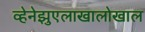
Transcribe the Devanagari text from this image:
व्हेनेझुएलाखालोखाल